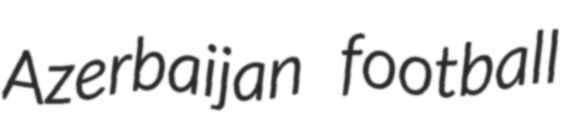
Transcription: Azerbaijan football